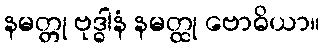
နမတ္တု ဗုဒ္ဓါနံ နမတ္ထု ဗောဓိယာ။